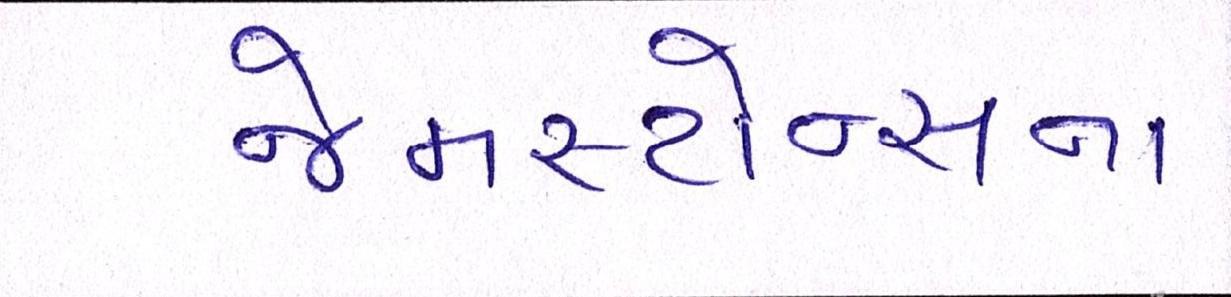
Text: જેમસ્ટોન્સના